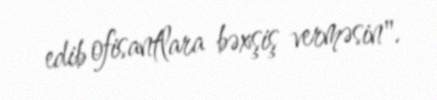
edib ofisantlara bəxşiş verməsin".